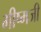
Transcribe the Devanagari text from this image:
भीष्मजी